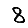
Digit: 8